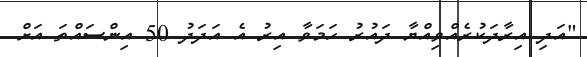
"އަދި އިރާދަކުރެއްވިއްޔާ ދައުރު ހަމަވާ އިރު އެ އަދަދު 50 އިންސައްތަ އަށް